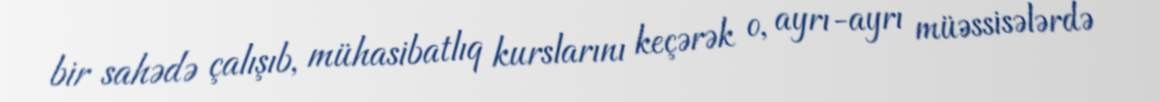
bir sahədə çalışıb, mühasibatlıq kurslarını keçərək o, ayrı-ayrı müəssisələrdə